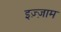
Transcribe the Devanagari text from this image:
इज़्ज़ाम